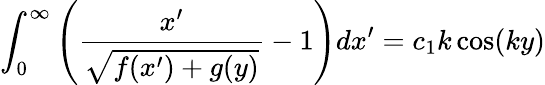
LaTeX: \int_{0}^{\infty}\left(\frac{x^{\prime}}{\sqrt{f(x^{\prime})+g(y)}}-1\right)dx^{\prime}=c_{1}k\cos(ky)